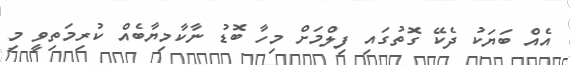
އެއް ބަޔަކު ދެކޭ ގޮތުގައި ފިލްމަށް މިހާ ބޮޑު ނާކާމިޔާބެއް ކުރިމަތިވީ މި